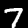
Label: 7